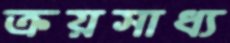
ক্রয়সাধ্য